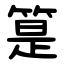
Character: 䈕